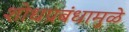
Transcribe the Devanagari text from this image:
शोधप्रबंधामुळे